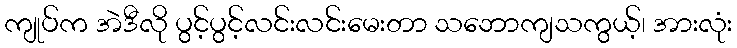
ကျုပ်က အဲဒီလို ပွင့်ပွင့်လင်းလင်းမေးတာ သဘောကျသကွယ့်၊ အားလုံး